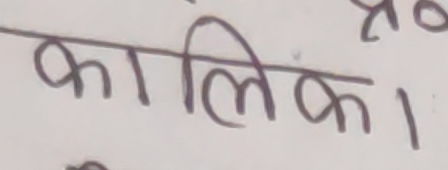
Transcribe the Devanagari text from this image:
कालिंका।